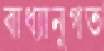
বাধ্যানুগত